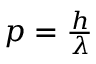
\begin{array} { r } { p = \frac { h } { \lambda } } \end{array}